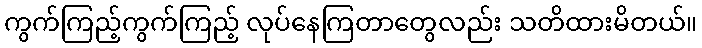
ကွက်ကြည့်ကွက်ကြည့် လုပ်နေကြတာတွေလည်း သတိထားမိတယ်။